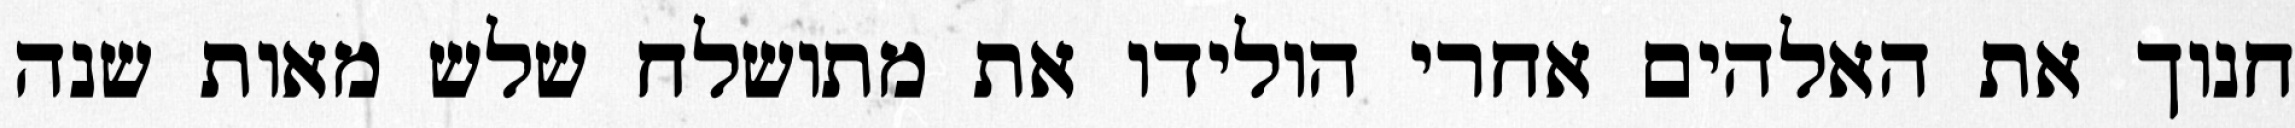
חנוך את האלהים אחרי הולידו את מתושלח שלש מאות שנה